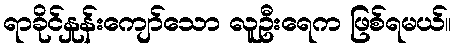
ရာခိုင်နှုန်းကျော်သော လူဦးရေက ဖြစ်ရမယ်။